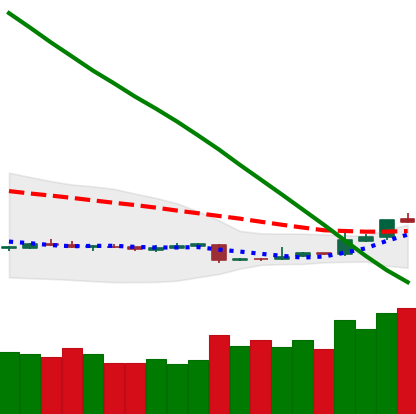
Ticker: ETH-USD
Chart end date: 2018-11-07
Forward return: -3.115%
Label: down_3_5